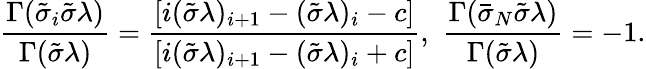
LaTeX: \frac{\Gamma(\tilde{\sigma}_{i}\tilde{\sigma}\lambda)}{\Gamma(\tilde{\sigma}\lambda)}=\frac{[i(\tilde{\sigma}\lambda)_{i+1}-(\tilde{\sigma}\lambda)_{i}-c]}{[i(\tilde{\sigma}\lambda)_{i+1}-(\tilde{\sigma}\lambda)_{i}+c]},\, \, \frac{\Gamma(\bar{\sigma}_{N}\tilde{\sigma}\lambda)}{\Gamma(\tilde{\sigma}\lambda)}=-1.